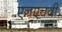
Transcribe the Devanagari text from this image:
एनएचबी